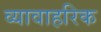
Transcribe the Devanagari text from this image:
व्यावाहरिक